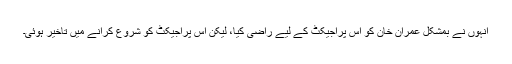
انہوں نے بمشکل عمران خان کو اس پراجیکٹ کے لیے راضی کیا، لیکن اس پراجیکٹ کو شروع کرانے میں تاخیر ہوئی۔